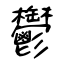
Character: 鬱